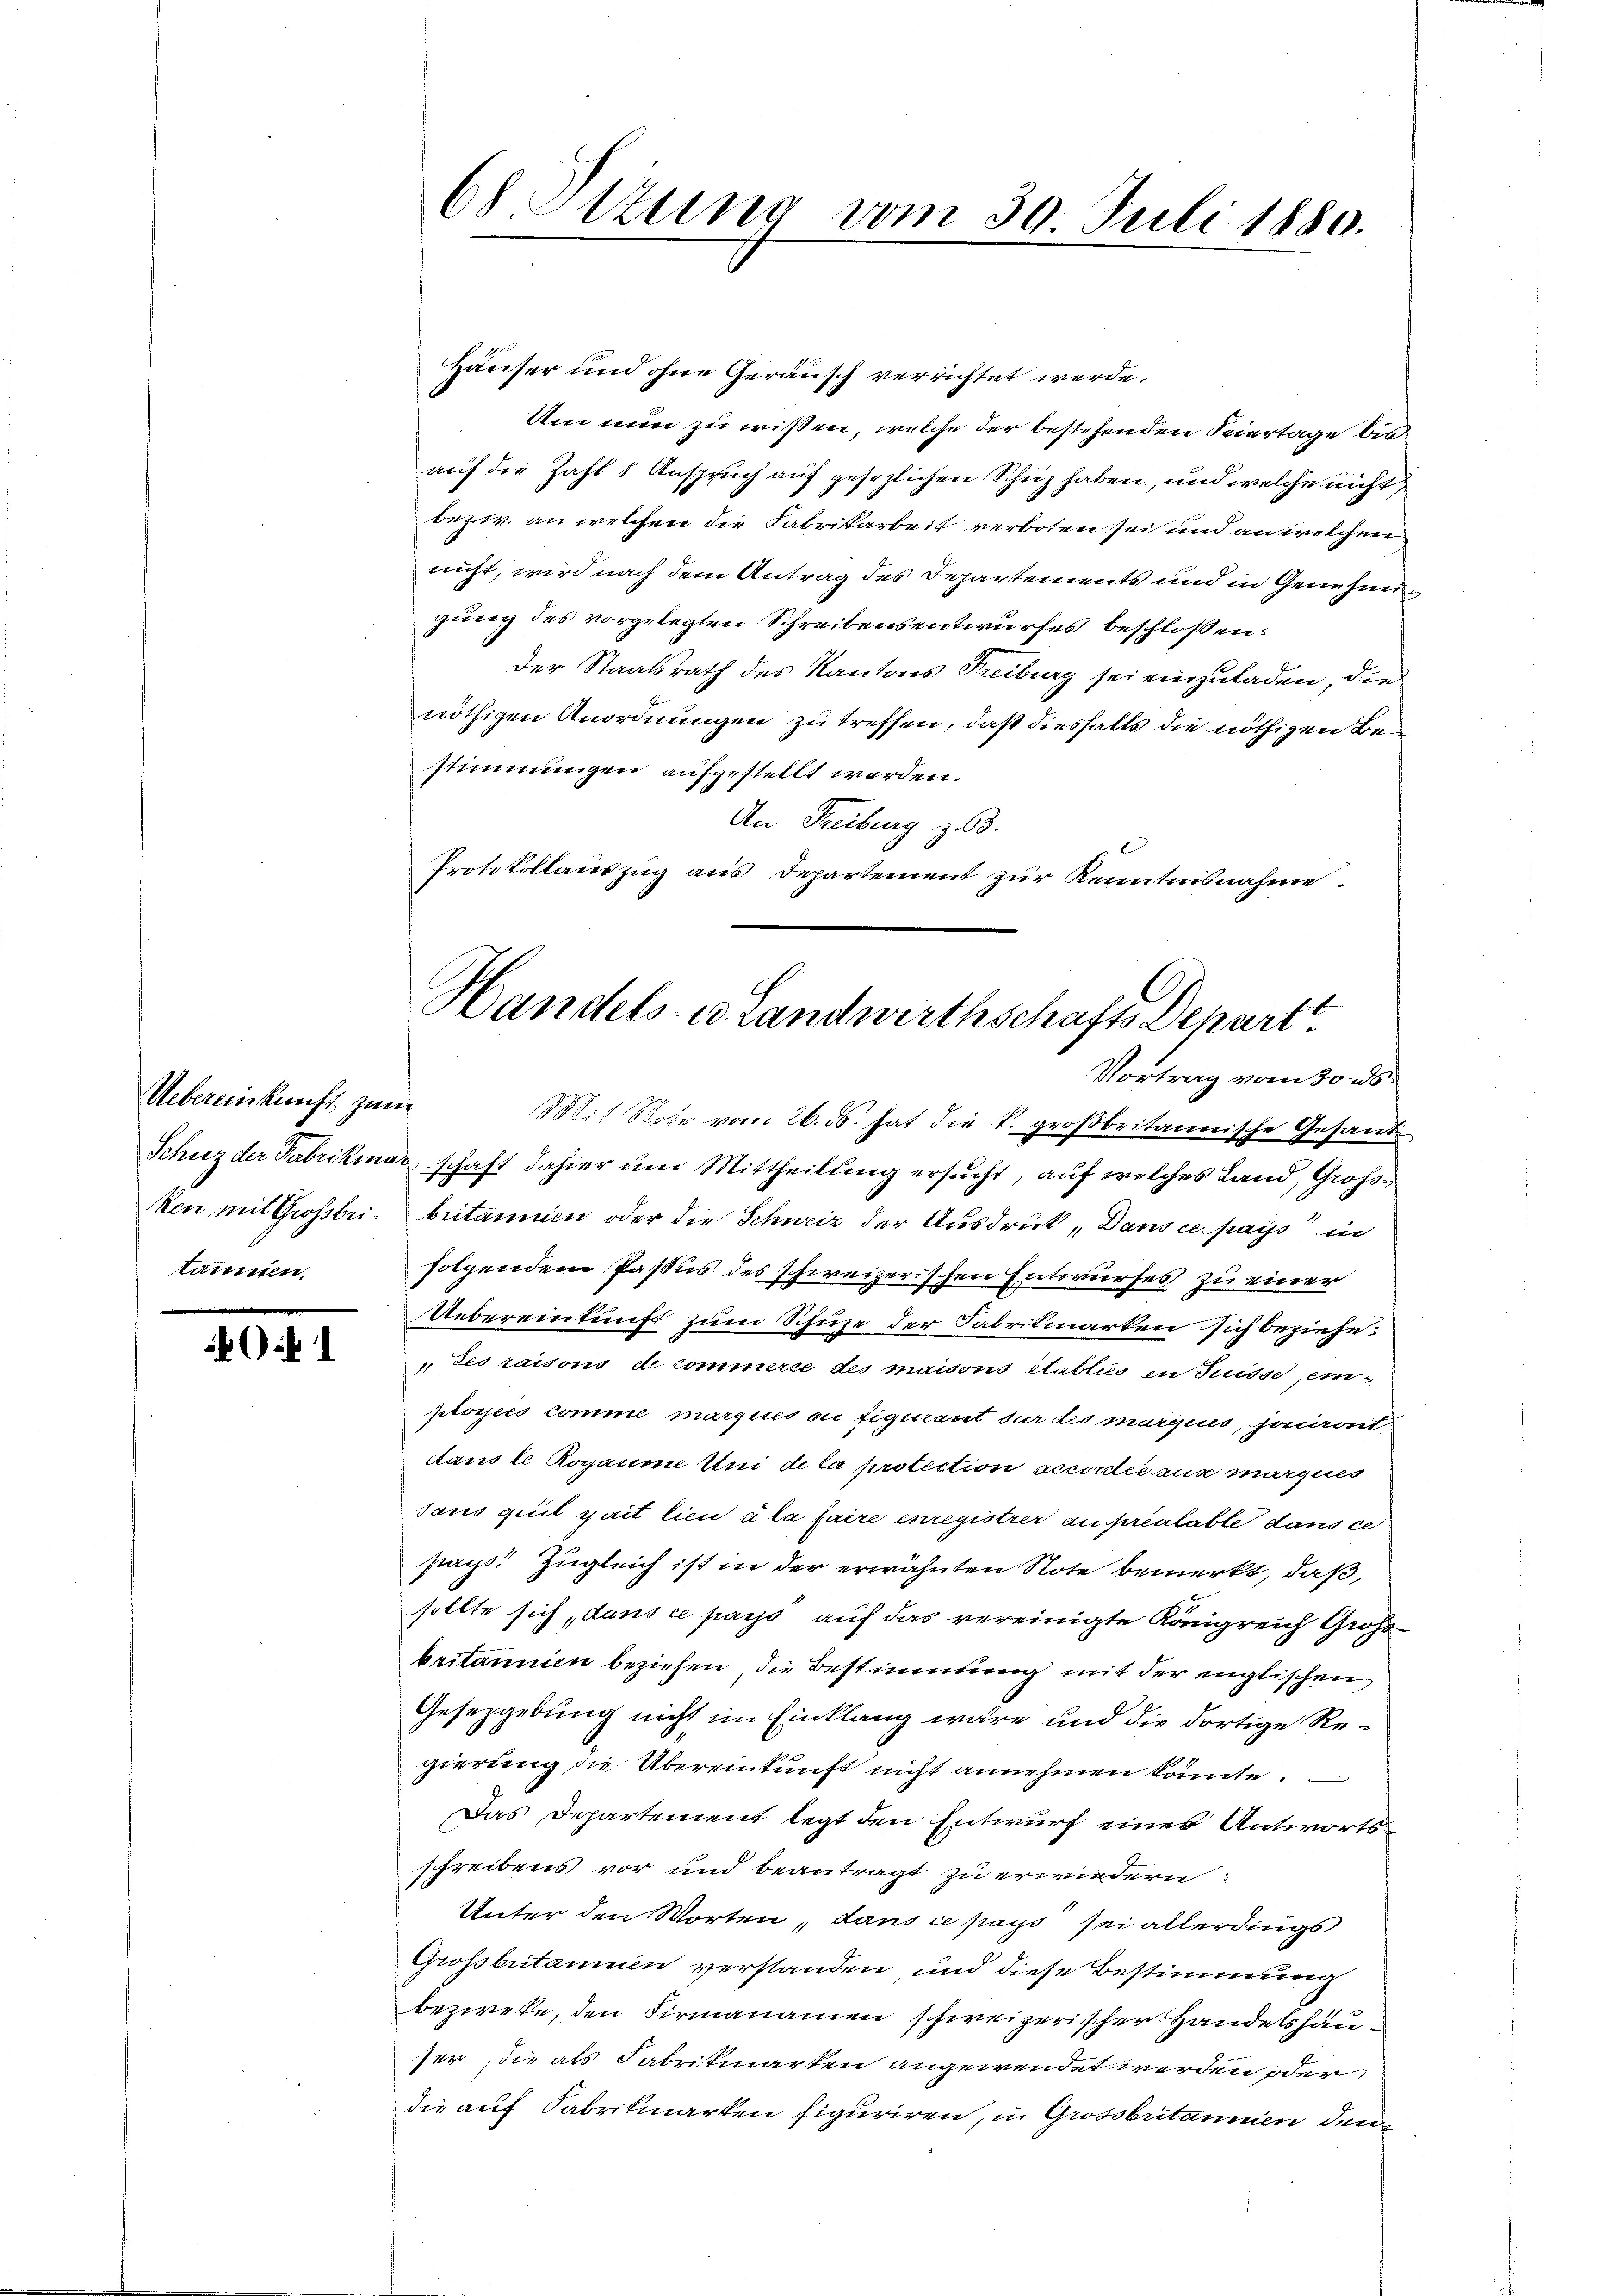
Uebereinkunft zum
tämmen.

G 1

Häuser und ohne Geräusch verrichtet werde.
Um nun zu wissen, welche der bestehenden Feiertage bisauf die Zahl 5 Anspruch auf gesezlichen Schuz haben, und welche nicht
bezw. an welchen die Fabrikarbeit verboten sei und an welchen
nicht, wird nach dem Antrag des Departements und in Genehmigung des vorgelegten Schreibensentwurfes beschloßen:
Der Staatsrath des Kantons Freiburg sei einzuladen, die
nöthigen Anordnungen zu treffen, daß diesfalls die nöthigen Bestimmungen aufgestellt werden.
An Freiburg z. 63.
Protokollauszug aus Departement zur Kenntnisnahme.
Vortrag vom 30. ds.
is Rohr vom 26. ds. hat die K. großbritainische Gesand¬
Schuz der Fabrikinarschaft dahier um Mittheilung ersucht, auf welches Land, Großken mit Grossbri. britanien oder die Schweiz der Ausdruck „Dans ce pays in
folgendem Passus des schweizerischen Entwurfes zu einer
Uebereinkunft zum Schuze der Fabrikmarken sich beziehe.
des raisons de commerce des maisons établies in Suisse, ein
ployero comme marques ou figurant der des marques, jouiront
dans le Rogaume Und de la protection accordée aus marques
dans quit pait lieu à la faire enregistrer au préalable dans ce
pass. Zugleich ist in der erwähnten Note bemerkt, daß,
sollte sich, dans ce pass auf das vereinigte Königreich Groß
britannien beziehen, die Bestimmung mit der englischen,
Gesetzgebung nicht im Einklang wäre und die dortige Regierung die Übereinkunft nicht annehmen könnte.
Das Departement legt den Entwurf eines Antwortsschreibens vor und beantragt zu erwiedern
Unter den Worten, dans ce pays sei allerdings
Grossbritaminen verstanden, und diese Bestimmung
bezweke, den Firmanamen schweizerischer Handelshauser, die als Fabrikmarken angewendet werden oder
die auf Fabrikmarken figuriren, in Grossbritannien den¬

68 Itzung vom 30. Juli 1880.

Handels- u. Landwirthschafts Schartt